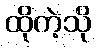
ထိုကဲ့သို